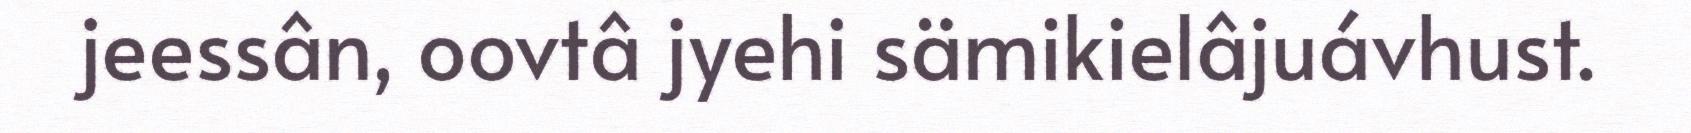
jeessân, oovtâ jyehi sämikielâjuávhust.